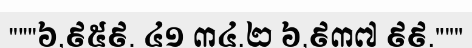
"""៦,៩៥៩. ៤១ ៣៤.២ ៦,៩៣៧ ៩៩."""